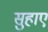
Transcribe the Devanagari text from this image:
सुहाए